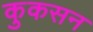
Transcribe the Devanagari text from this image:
कुकसन